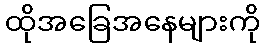
ထိုအခြေအနေများကို